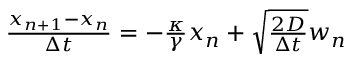
\begin{array} { r } { \frac { x _ { n + 1 } - x _ { n } } { \Delta t } = - \frac { \kappa } { \gamma } x _ { n } + \sqrt { \frac { 2 D } { \Delta t } } w _ { n } } \end{array}